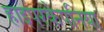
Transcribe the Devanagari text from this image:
हाइपरकेपनिया